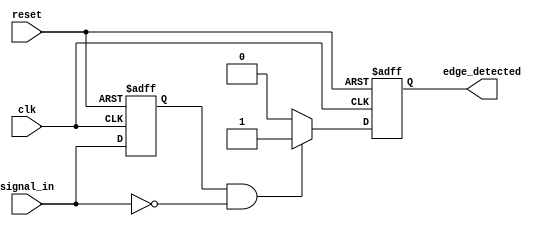
module negative_edge_detector (
    input wire clk,            // Clock signal
    input wire reset,          // Reset signal
    input wire signal_in,      // Input signal to detect negative edge
    output reg edge_detected    // Output signal indicating negative edge detection
);

    reg signal_in_prev;        // Register to store the previous state of signal_in

    // D Flip-Flop to store the previous state of signal_in
    always @(posedge clk or posedge reset) begin
        if (reset) begin
            signal_in_prev <= 1'b0; // Initialize to low on reset
        end else begin
            signal_in_prev <= signal_in; // Capture current signal_in
        end
    end

    // Edge detection logic
    always @(posedge clk or posedge reset) begin
        if (reset) begin
            edge_detected <= 1'b0; // Initialize edge_detected to low on reset
        end else begin
            // Detect negative edge: current is 0 and previous was 1
            if (signal_in_prev == 1'b1 && signal_in == 1'b0) begin
                edge_detected <= 1'b1; // Set edge_detected high
            end else begin
                edge_detected <= 1'b0; // Reset edge_detected
            end
        end
    end

endmodule